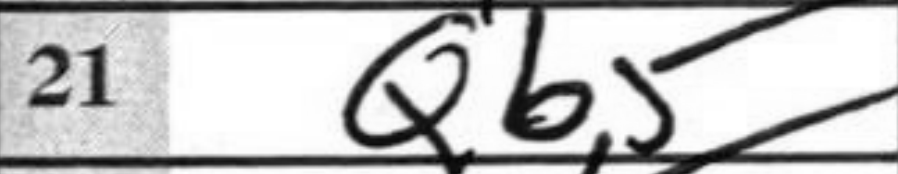
Transcription: Qb5